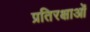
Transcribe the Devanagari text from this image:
प्रतिरक्षाओं